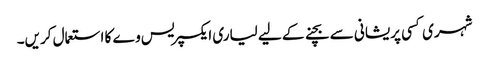
شہری کسی پریشانی سے بچنے کے لیے لیاری ایکسپریس وے کا استعمال کریں۔